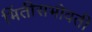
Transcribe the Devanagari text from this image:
भिंतीसभोवती